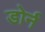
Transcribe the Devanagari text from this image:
डोर्न